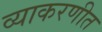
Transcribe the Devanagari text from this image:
व्याकरणीत